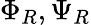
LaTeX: \Phi_{R},\Psi_{R}